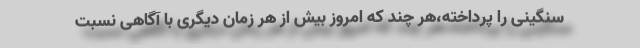
سنگینی را پرداخته،هر چند که امروز بیش از هر زمان دیگری با آگاهی نسبت